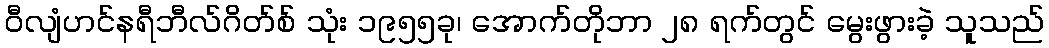
ဝီလျံဟင်နရီဘီလ်ဂိတ်စ် သုံး ၁၉၅၅ခု၊ အောက်တိုဘာ ၂၈ ရက်တွင် မွေးဖွားခဲ့ သူသည်